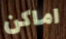
اماكن